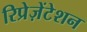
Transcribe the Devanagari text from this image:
रिप्रेज़ेंटेशन